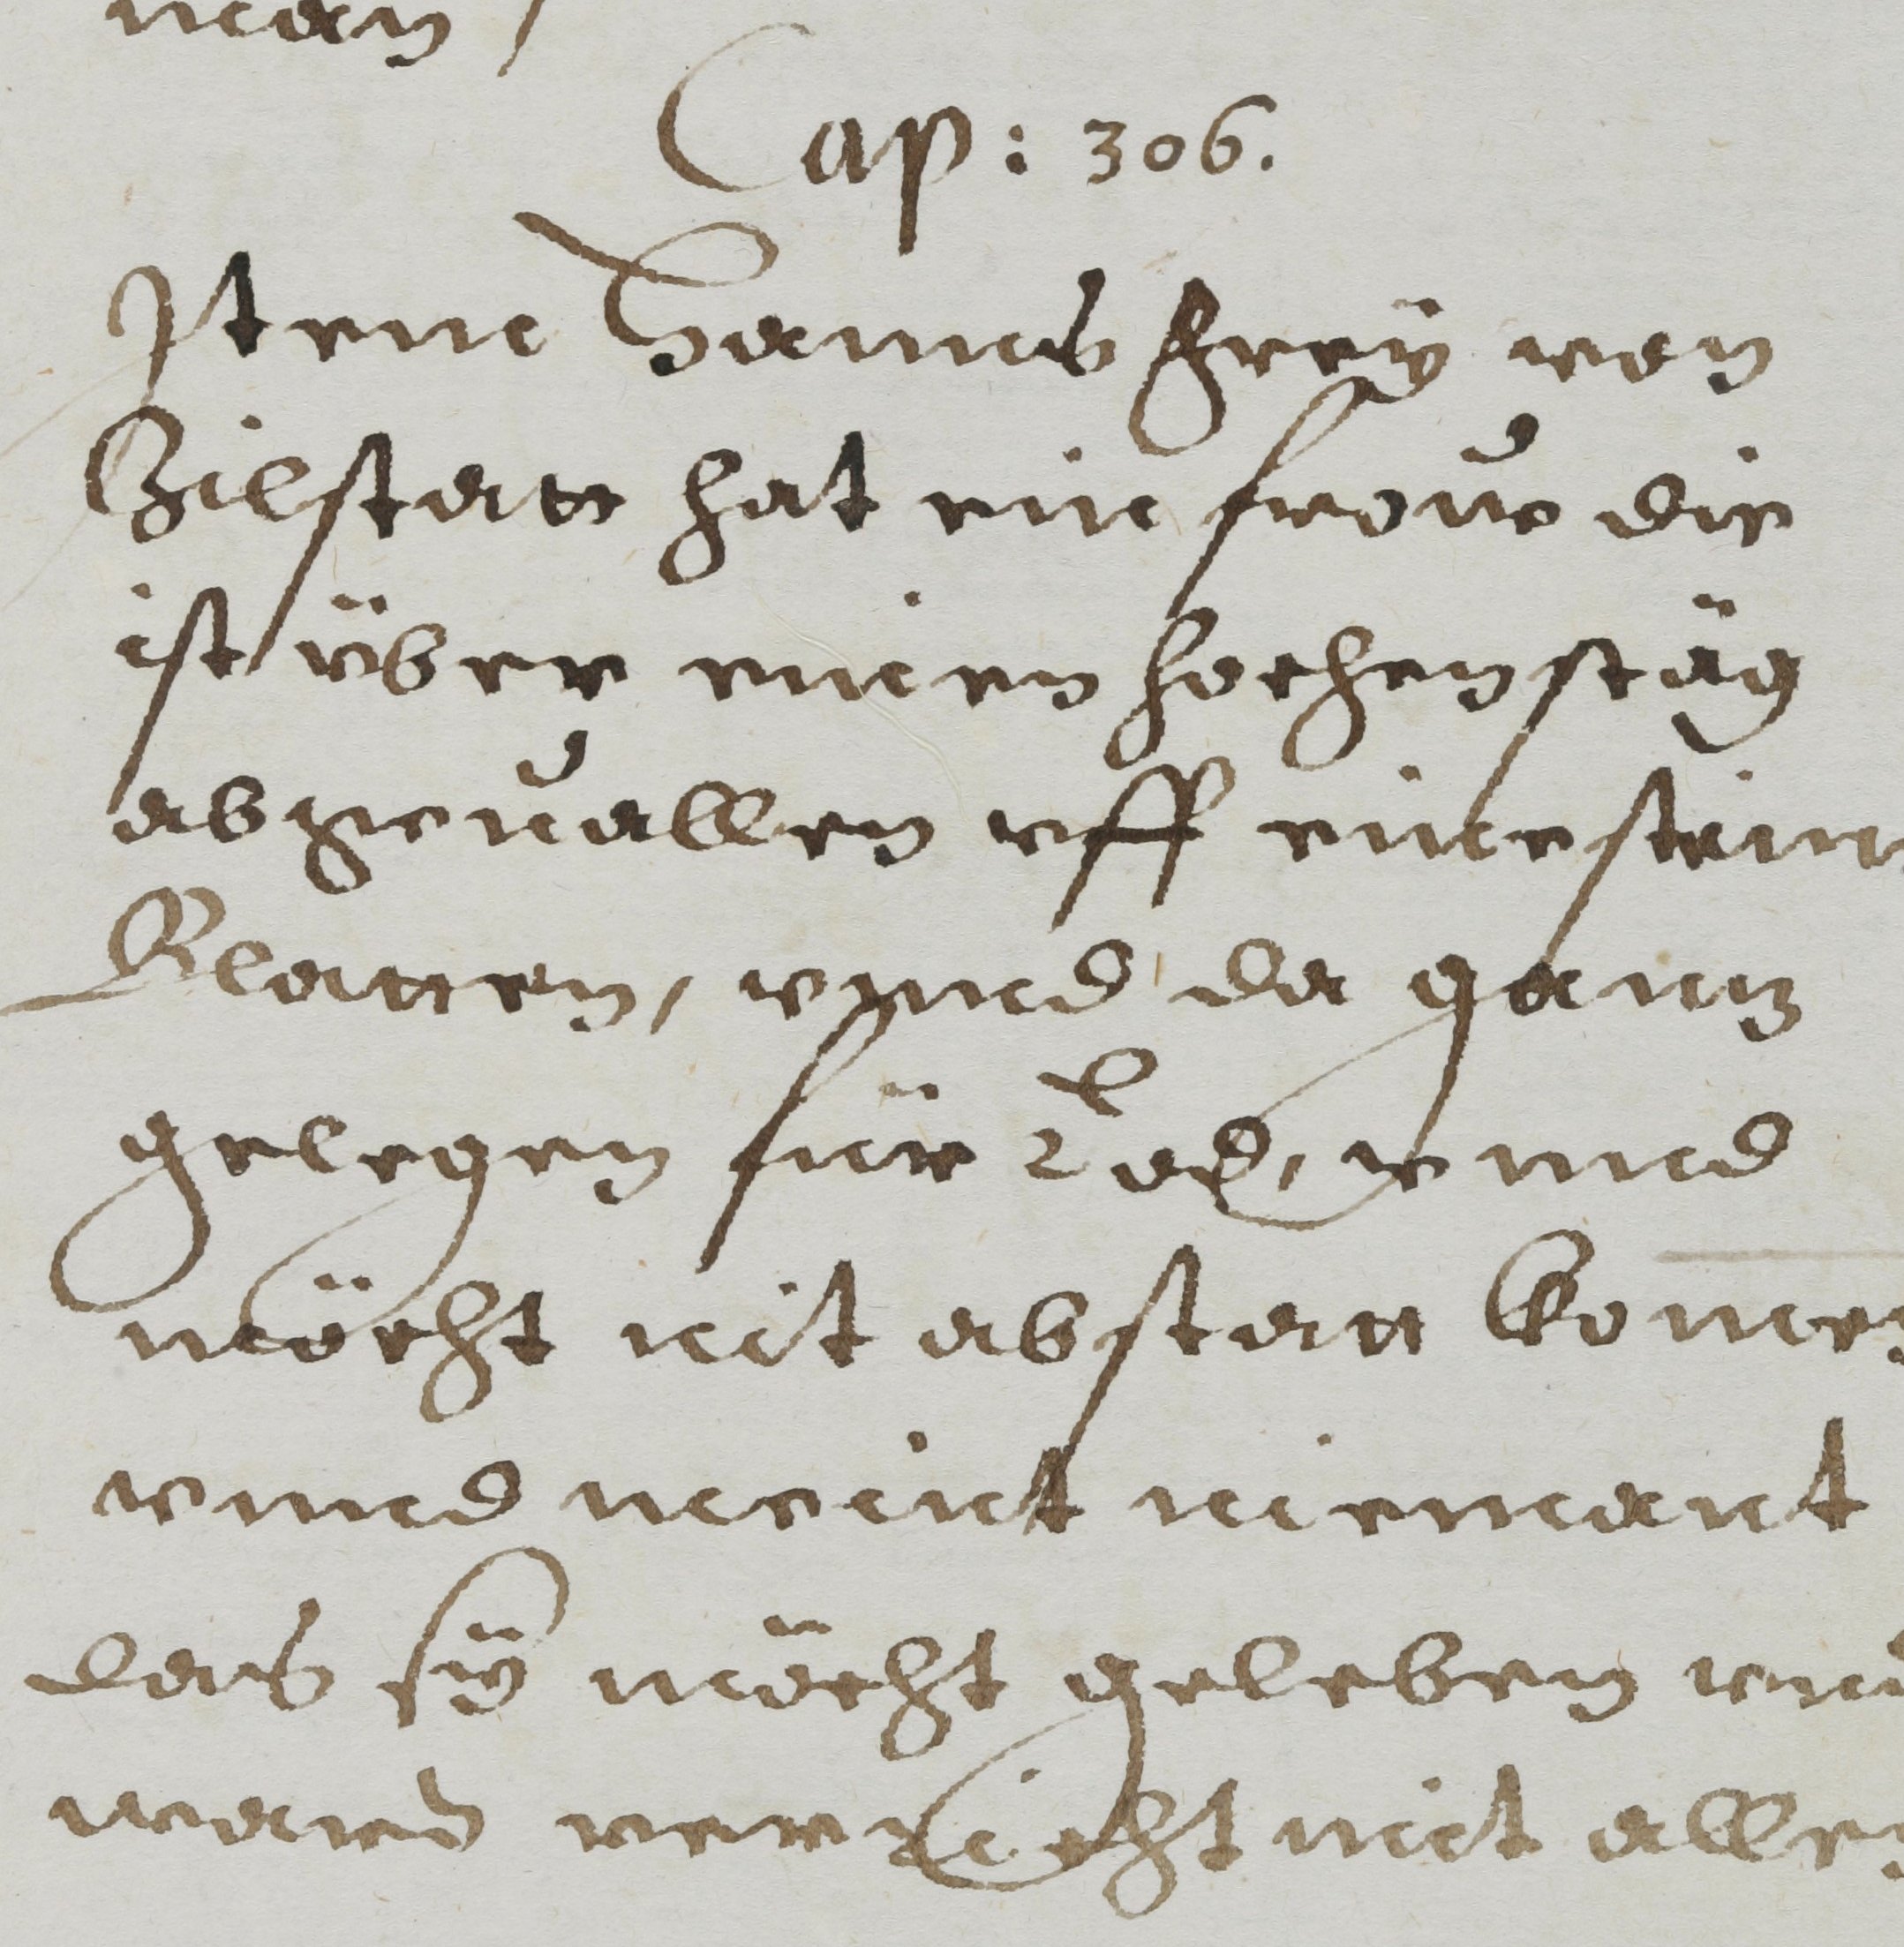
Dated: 1608–1608